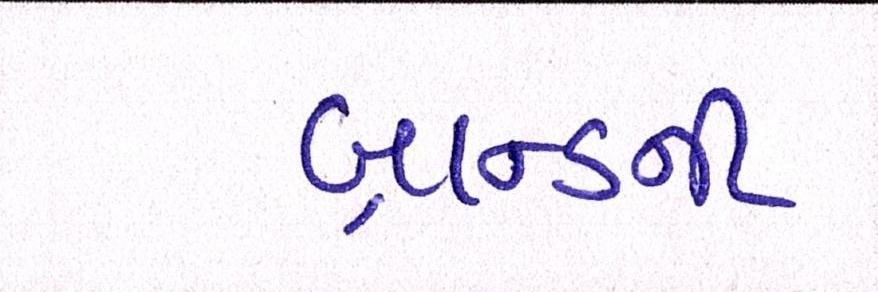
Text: બ્રાન્ડની